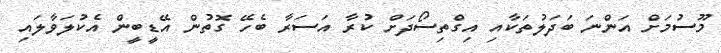
މޫސުމަށް އަންނަ ބަދަލުތަކާއި އިގްތިސޯދަށް ކުރާ އަސަރާ ބެހޭ ގޮތުން އޭޑީބީން އެކުލަވާލައި